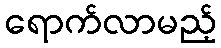
ရောက်လာမည့်